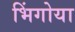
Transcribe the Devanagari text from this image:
भिंगोया